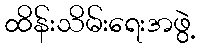
ထိန်းသိမ်းရေးအဖွဲ့